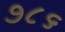
૭૮૬